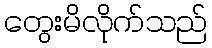
တွေးမိလိုက်သည်